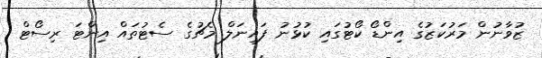
ޒުވާނުން މަރުކަޒުގެ އިންޑޯ ކޯޓުގައި ކުޅުނު ފައިނަލް މެޗުގެ ސެޓުތައް އިންޓަ ރިސޯޓް